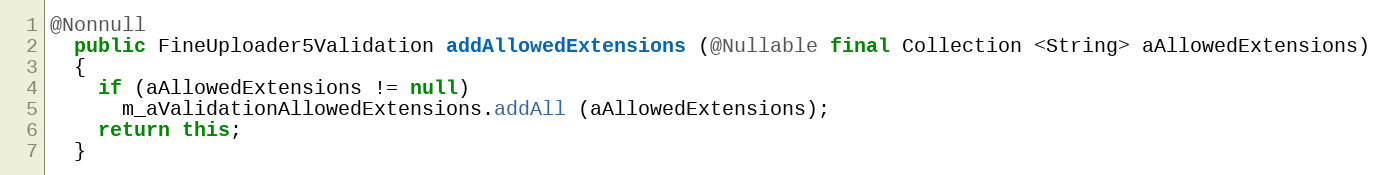
Language: Java
@Nonnull
  public FineUploader5Validation addAllowedExtensions (@Nullable final Collection <String> aAllowedExtensions)
  {
    if (aAllowedExtensions != null)
      m_aValidationAllowedExtensions.addAll (aAllowedExtensions);
    return this;
  }